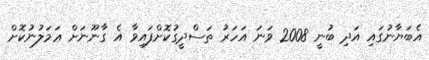
އެބަޔާނުގައި އަދި ބުނީ 2008 ވަނަ އަހަރު ތަސްދީގުކޮށްފައިވާ އެ ގާނޫނަށް ޢަމަލުނުކޮށް